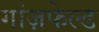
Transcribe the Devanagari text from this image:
गांज़फेल्ड